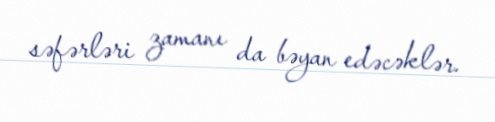
səfərləri zamanı da bəyan edəcəklər.